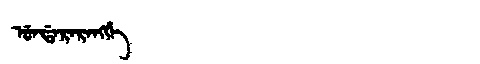
Manchu: ᡠᠨᡩᠠᡵᠠᡵᠠᠩᡤᡝ
Romanization: UNDARARANGGE